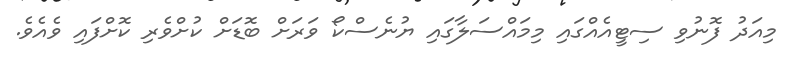
މިއަދު ފޮނުވި ސިޓީއެއްގައި މިމައްސަލާގައި ޔުނެސްކޯ ވަރަށް ބޮޑަށް ކުށްވެރި ކޮށްފައި ވެއެވެ.